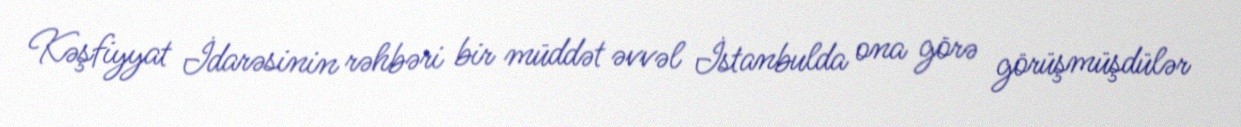
Kəşfiyyat İdarəsinin rəhbəri bir müddət əvvəl İstanbulda ona görə görüşmüşdülər